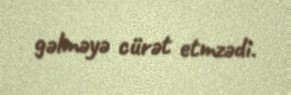
gəlməyə cürət etmzədi.